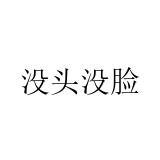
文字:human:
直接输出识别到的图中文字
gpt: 没头没脸